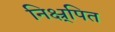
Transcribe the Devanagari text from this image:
निक्ष्र्पित